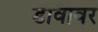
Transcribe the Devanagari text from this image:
डावावर